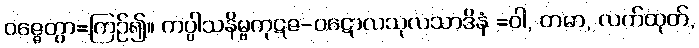
ဝဇ္ဇေတွာ=ကြဉ်၍။ ကပ္ပါသနိမ္ဗကုဋဇ-ပဋောလသုလသာဒိနံ =ဝါ, တမာ, လက်ထုတ်,